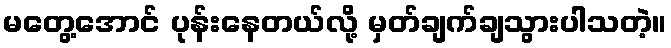
မတွေ့အောင် ပုန်းနေတယ်လို့ မှတ်ချက်ချသွားပါသတဲ့။